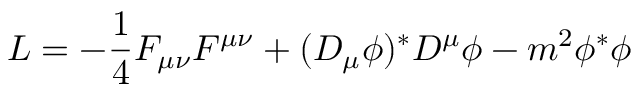
{ \cal L } = - { \frac { 1 } { 4 } } F _ { \mu \nu } F ^ { \mu \nu } + ( D _ { \mu } \phi ) ^ { * } D ^ { \mu } \phi - m ^ { 2 } \phi ^ { * } \phi